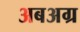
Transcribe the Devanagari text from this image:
अबअग्र